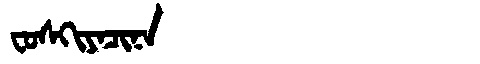
Manchu: ᠸᠣᠰᡴᡳᠶᠠᠴᡳᠨᠠ
Romanization: FOSKIYACINA